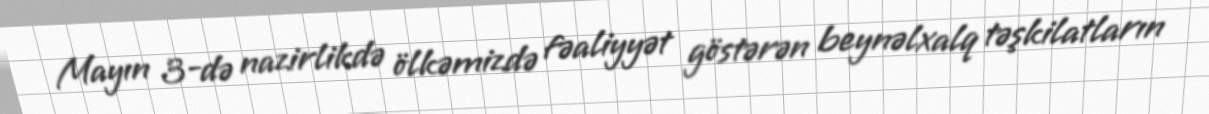
Mayın 3-də nazirlikdə ölkəmizdə fəaliyyət göstərən beynəlxalq təşkilatların